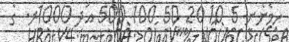
ހިމެނެނީ 5 10 20 50 100 500 އަދި 1000ރ. ގެ